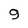
Character: 9